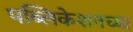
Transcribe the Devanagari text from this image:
पब्लिकेशनच्या